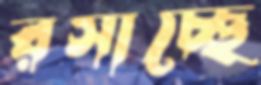
রসাচ্ছে